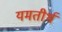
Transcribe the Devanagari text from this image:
यमतीर्थ